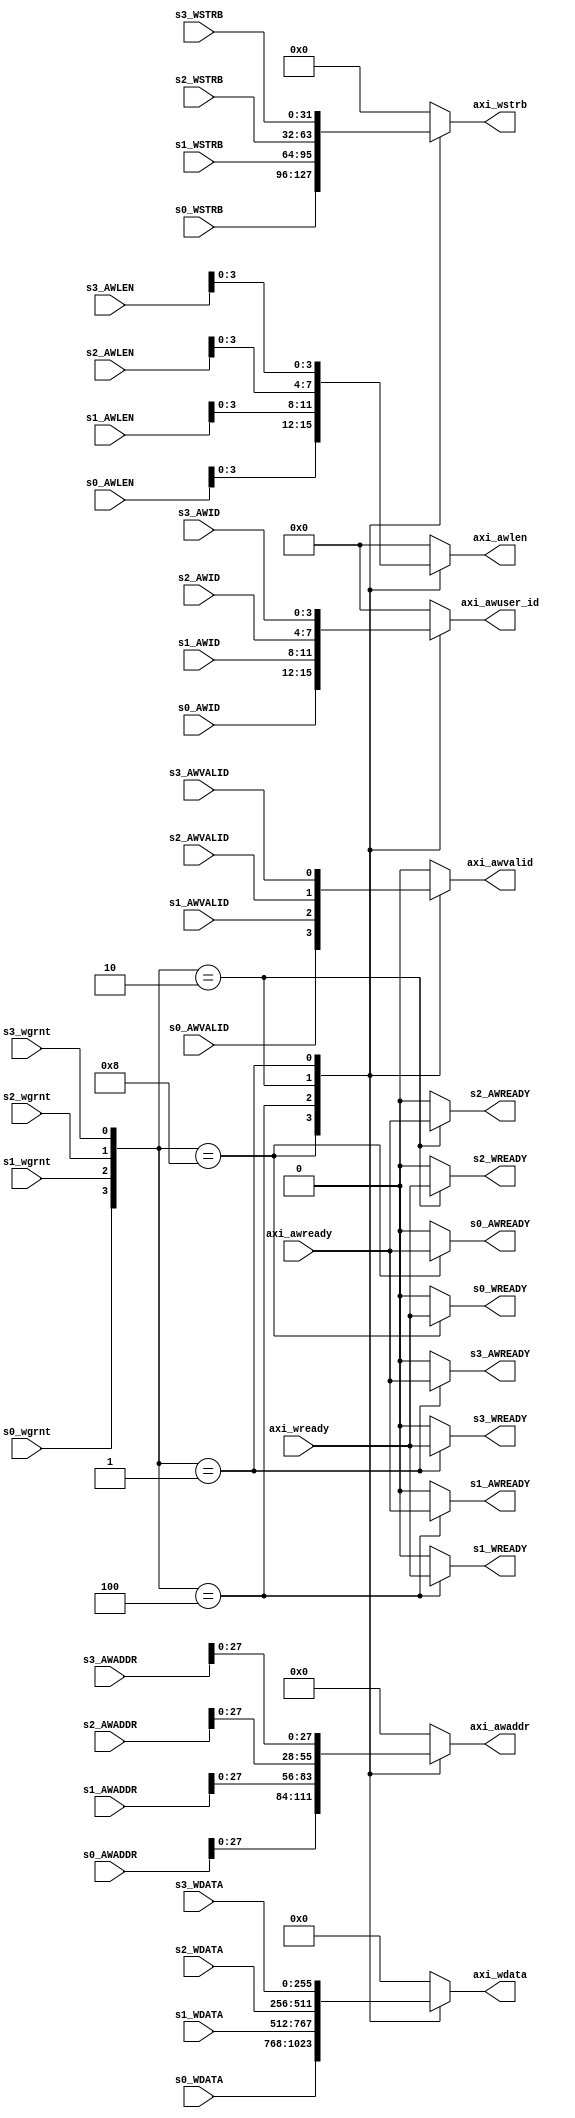
//****************************************Copyright (c)***********************************//
//
// Last modified Date   : 2023/05/19
// Created date         : 2023/05/19  
// Descriptions         : AXI       
//
//****************************************************************************************//

module AXI_Master_Mux_W#(
    parameter                           DATA_WIDTH  = 256          ,
    parameter                           ADDR_WIDTH  = 32           ,
    parameter                           ID_WIDTH    = 4             
)(
    /********** 0 **********/
    //
    input              [ID_WIDTH-1:0]   s0_AWID                    ,
    input              [ADDR_WIDTH-1:0] s0_AWADDR                  ,
    input              [   7:0]         s0_AWLEN                   ,
    input                               s0_AWVALID                 ,
    output reg                          s0_AWREADY                 ,
    //
    input              [DATA_WIDTH-1:0] s0_WDATA                   ,
    input              [(DATA_WIDTH/8)-1:0]s0_WSTRB                   ,
    output reg                          s0_WREADY                  ,
    /********** 1 **********/
    //
    input              [ID_WIDTH-1:0]   s1_AWID                    ,
    input              [ADDR_WIDTH-1:0] s1_AWADDR                  ,
    input              [   7:0]         s1_AWLEN                   ,
    input                               s1_AWVALID                 ,
    output reg                          s1_AWREADY                 ,
    //
    input              [DATA_WIDTH-1:0] s1_WDATA                   ,
    input              [(DATA_WIDTH/8)-1:0]s1_WSTRB                   ,
    output reg                          s1_WREADY                  ,
    /********** 2 **********/
	//
    input              [ID_WIDTH-1:0]   s2_AWID                    ,
    input              [ADDR_WIDTH-1:0] s2_AWADDR                  ,
    input              [   7:0]         s2_AWLEN                   ,
    input                               s2_AWVALID                 ,
    output reg                          s2_AWREADY                 ,
    //
    input              [DATA_WIDTH-1:0] s2_WDATA                   ,
    input              [(DATA_WIDTH/8)-1:0]s2_WSTRB                   ,
    output reg                          s2_WREADY                  ,
    /********** 3 **********/
	//
    input              [ID_WIDTH-1:0]   s3_AWID                    ,
    input              [ADDR_WIDTH-1:0] s3_AWADDR                  ,
    input              [   7:0]         s3_AWLEN                   ,
    input                               s3_AWVALID                 ,
    output reg                          s3_AWREADY                 ,
    //
    input              [DATA_WIDTH-1:0] s3_WDATA                   ,
    input              [(DATA_WIDTH/8)-1:0]s3_WSTRB                   ,
    output reg                          s3_WREADY                  ,
    /********  ********/
    //
    output reg         [   3:0]         axi_awuser_id              ,
    output reg         [28-1:0]         axi_awaddr                 ,
    output reg         [   3:0]         axi_awlen                  ,
    output reg                          axi_awvalid                ,
    input                               axi_awready                ,
    //
    output reg         [32*8-1:0]       axi_wdata                  ,
    output reg         [32-1:0]         axi_wstrb                  ,
    input                               axi_wready                 ,
    
    input                               s0_wgrnt                   ,
    input                               s1_wgrnt                   ,
    input                               s2_wgrnt                   ,
    input                               s3_wgrnt                    
);

always @(*) begin
    case({s0_wgrnt,s1_wgrnt, s2_wgrnt, s3_wgrnt})                   //
        4'b1000: begin
            axi_awuser_id      =  s0_AWID;
            axi_awaddr    =  s0_AWADDR;
            axi_awlen     =  s0_AWLEN[3:0];
            axi_wdata     =  s0_WDATA;
            axi_wstrb     =  s0_WSTRB;
            axi_awvalid   =  s0_AWVALID;
        end
        4'b0100: begin
            axi_awuser_id      =  s1_AWID;
            axi_awaddr    =  s1_AWADDR;
            axi_awlen     =  s1_AWLEN[3:0];
            axi_wdata     =  s1_WDATA;
            axi_wstrb     =  s1_WSTRB;
            axi_awvalid   =  s1_AWVALID;
        end
        4'b0010: begin
            axi_awuser_id      =  s2_AWID;
            axi_awaddr    =  s2_AWADDR;
            axi_awlen     =  s2_AWLEN[3:0];
            axi_wdata     =  s2_WDATA;
            axi_wstrb     =  s2_WSTRB;
            axi_awvalid   =  s2_AWVALID;
        end
        4'b0001: begin
            axi_awuser_id      =  s3_AWID;
            axi_awaddr    =  s3_AWADDR;
            axi_awlen     =  s3_AWLEN[3:0];
            axi_wdata     =  s3_WDATA;
            axi_wstrb     =  s3_WSTRB;
            axi_awvalid   =  s3_AWVALID;
        end
        default: begin
            axi_awuser_id      =  0;
            axi_awaddr    =  0;
            axi_awlen     =  0;
            axi_wdata     =  0;
            axi_wstrb     =  0;
            axi_awvalid   =  0;
        end
    endcase
end

//AWREADY
always @(*) begin
    case({s0_wgrnt,s1_wgrnt, s2_wgrnt, s3_wgrnt})
        4'b1000: begin
            s0_AWREADY = axi_awready;
            s1_AWREADY = 0;
            s2_AWREADY = 0;
            s3_AWREADY = 0;
        end
        4'b0100: begin
            s0_AWREADY = 0;
            s1_AWREADY = axi_awready;
            s2_AWREADY = 0;
            s3_AWREADY = 0;
        end
        4'b0010: begin
            s0_AWREADY = 0;
            s1_AWREADY = 0;
            s2_AWREADY = axi_awready;
            s3_AWREADY = 0;
        end
        4'b0001: begin
            s0_AWREADY = 0;
            s1_AWREADY = 0;
            s2_AWREADY = 0;
            s3_AWREADY = axi_awready;
        end
        default: begin
            s0_AWREADY = 0;
            s1_AWREADY = 0;
            s2_AWREADY = 0;
            s3_AWREADY = 0;
        end
    endcase
end

//WREADY
always @(*) begin
    case({s0_wgrnt,s1_wgrnt, s2_wgrnt, s3_wgrnt})
        4'b1000: begin
            s0_WREADY = axi_wready;
            s1_WREADY = 0;
            s2_WREADY = 0;
            s3_WREADY = 0;
        end
        4'b0100: begin
            s0_WREADY = 0;
            s1_WREADY = axi_wready;
            s2_WREADY = 0;
            s3_WREADY = 0;
        end
        4'b0010: begin
            s0_WREADY = 0;
            s1_WREADY = 0;
            s2_WREADY = axi_wready;
            s3_WREADY = 0;
        end
        4'b0001: begin
            s0_WREADY = 0;
            s1_WREADY = 0;
            s2_WREADY = 0;
            s3_WREADY = axi_wready;
        end
        default: begin
            s0_WREADY = 0;
            s1_WREADY = 0;
            s2_WREADY = 0;
            s3_WREADY = 0;
        end
    endcase
end

endmodule